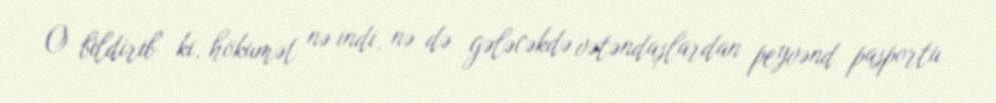
O bildirib ki, hökumət nə indi, nə də gələcəkdə vətəndaşlardan peyvənd pasportu